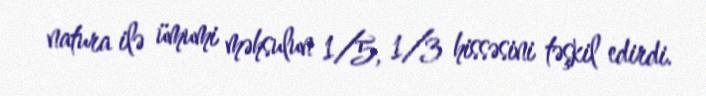
natura ilə ümumi məhsulun 1/5, 1/3 hissəsini təşkil edirdi.